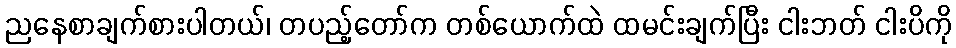
ညနေစာချက်စားပါတယ်၊ တပည့်တော်က တစ်ယောက်ထဲ ထမင်းချက်ပြီး ငါးဘတ် ငါးပိကို